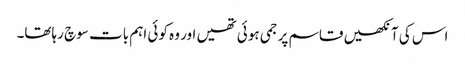
اس کی آنکھیں قاسم پر جمی ہوئی تھیں اور وہ کوئی اہم بات سوچ رہاتھا۔